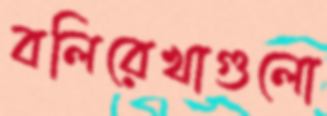
বলিরেখাগুলো